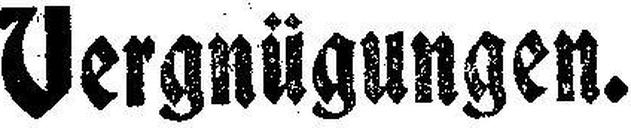
Vergnügungen.